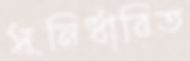
সুনির্ধারিত